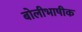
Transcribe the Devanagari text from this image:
बोलीभाषीक